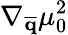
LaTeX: \nabla_{\overline{{\mathbf{q}}}}\mu_{0}^{2}